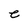
Character: e